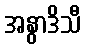
အနွာဒိသီ